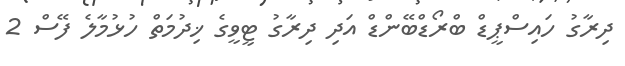
ދިރާގު ހައިސްޕީޑް ބްރޯޑްބޭންޑް އަދި ދިރާގު ޓީވީގެ ޚިދުމަތް ހުޅުމާލެ ފޭސް 2